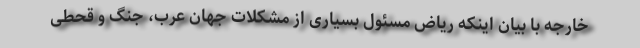
خارجه با بیان اینکه ریاض مسئول بسیاری از مشکلات جهان عرب، جنگ و قحطی